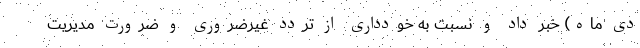
دی ماه) خبر داد و نسبت به خودداری از تردد غیرضروری و ضرورت مدیریت